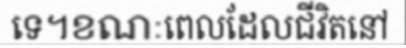
ទេ។ខណៈពេលដែលជីវិតនៅ